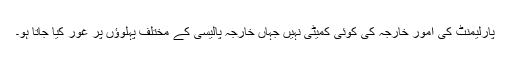
پارلیمنٹ کی امور خارجہ کی کوئی کمیٹی نہیں جہاں خارجہ پالیسی کے مختلف پہلوؤں پر غور کیا جاتا ہو۔